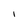
Character: I